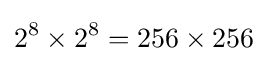
2^{8}\times 2^{8}=256\times 256